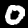
Label: 0